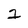
Character: 2